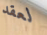
لعقد